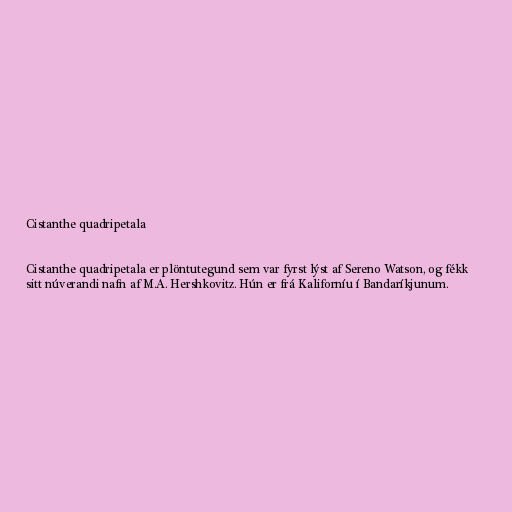
Cistanthe quadripetala

Cistanthe quadripetala er plöntutegund sem var fyrst lýst af Sereno Watson, og fékk
sitt núverandi nafn af M.A. Hershkovitz. Hún er frá Kaliforníu í Bandaríkjunum.